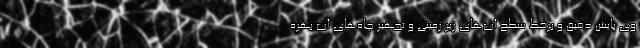
وی پایش دقیق و برخط سطح آب‌های زیر زمینی و تجهیز چاه‌های آب بهره